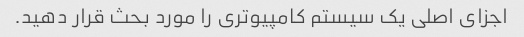
اجزای اصلی یک سیستم کامپیوتری را مورد بحث قرار دهید.